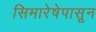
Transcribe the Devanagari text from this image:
सिमारेषेपासून